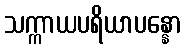
သက္ကာယပရိယာပန္နော